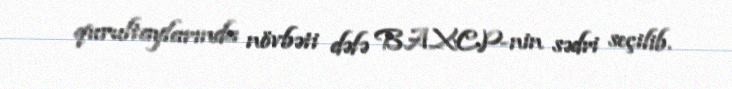
qurultaylarında növbəti dəfə BAXCP-nin sədri seçilib.